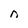
Character: n